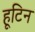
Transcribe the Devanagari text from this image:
हूटिन